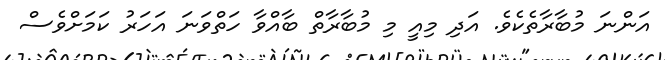
އަންނަ މުބާރާތެކެވެ. އަދި މިއީ މި މުބާރާތް ބާއްވާ ހަތްވަނަ އަހަރު ކަމަށްވެސް